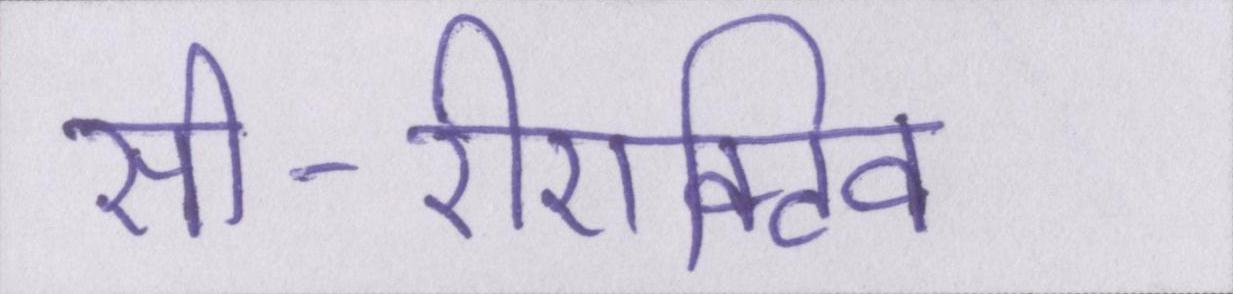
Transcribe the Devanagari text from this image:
सी-रीएक्टिव